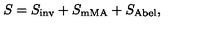
S = S _ { \mathrm { i n v } } + S _ { \mathrm { m M A } } + S _ { \mathrm { A b e l } } ,